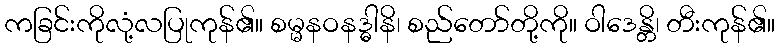
ကခြင်းကိုလုံ့လပြုကုန်၏။ စမ္မနဝနဒ္ဓါနိ၊ စည်တော်တို့ကို။ ဝါဒေန္တိ၊ တီးကုန်၏။